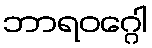
ဘာရဝဂ္ဂေါ